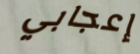
إعجابي